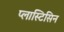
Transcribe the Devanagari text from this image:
प्लास्टिसिन